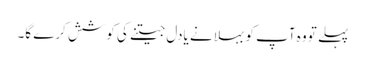
پہلے تو وہ آپ کو بہلانے یادل جیتنے کی کوشش کرے گا۔